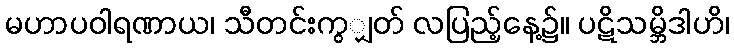
မဟာပဝါရဏာယ၊ သီတင်းကွျှတ် လပြည့်နေ့၌။ ပဋိသမ္ဘိဒါဟိ၊